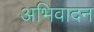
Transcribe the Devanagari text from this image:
अभिवादन